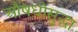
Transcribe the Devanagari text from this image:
औषधीसुद्धा